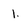
Character: 1